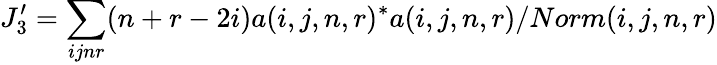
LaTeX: J_{3}^{\prime}=\sum_{ijnr}(n+r-2i)a(i,j,n,r)^{*}a(i,j,n,r)/Norm(i,j,n,r)